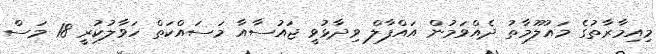
މިއިމާރާތުގެ މައުލޫމާތު ދެއްވަމުން އައްފާލް ވިދާޅުވީ ޖައުސާއާ މަސައްކަތް ހަވާލުކުރީ 18 މަސް